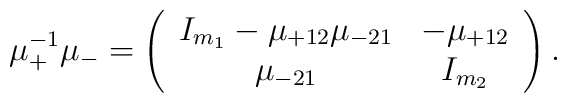
\mu_+^{-1} \mu_- = \left( \begin{array}{cc}I_{m_1} - \mu_{+12} \mu_{-21} & - \mu_{+12} \\\mu_{-21} & I_{m_2}\end{array} \right).